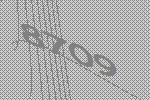
8709